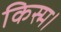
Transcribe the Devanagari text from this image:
किस्म।